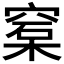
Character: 𥦼